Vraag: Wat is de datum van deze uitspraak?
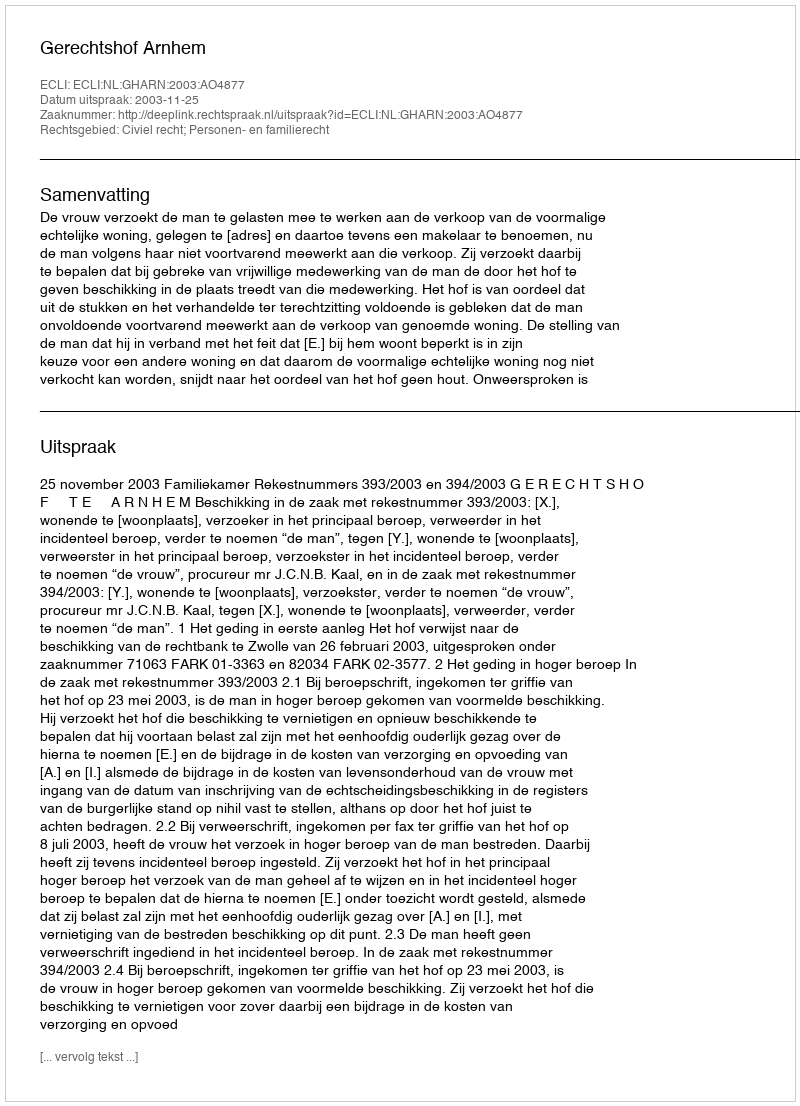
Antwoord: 2003-11-25